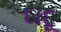
દાદૂ